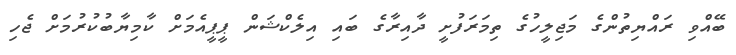
ބޭއްވި ރައްޔިތުންގެ މަޖިލީހުގެ ތިމަރަފުށީ ދާއިރާގެ ބައި އިލެކްޝަން ޕީޕީއެމަށް ކާމިޔާބުކުރުމަށް ޖެހި